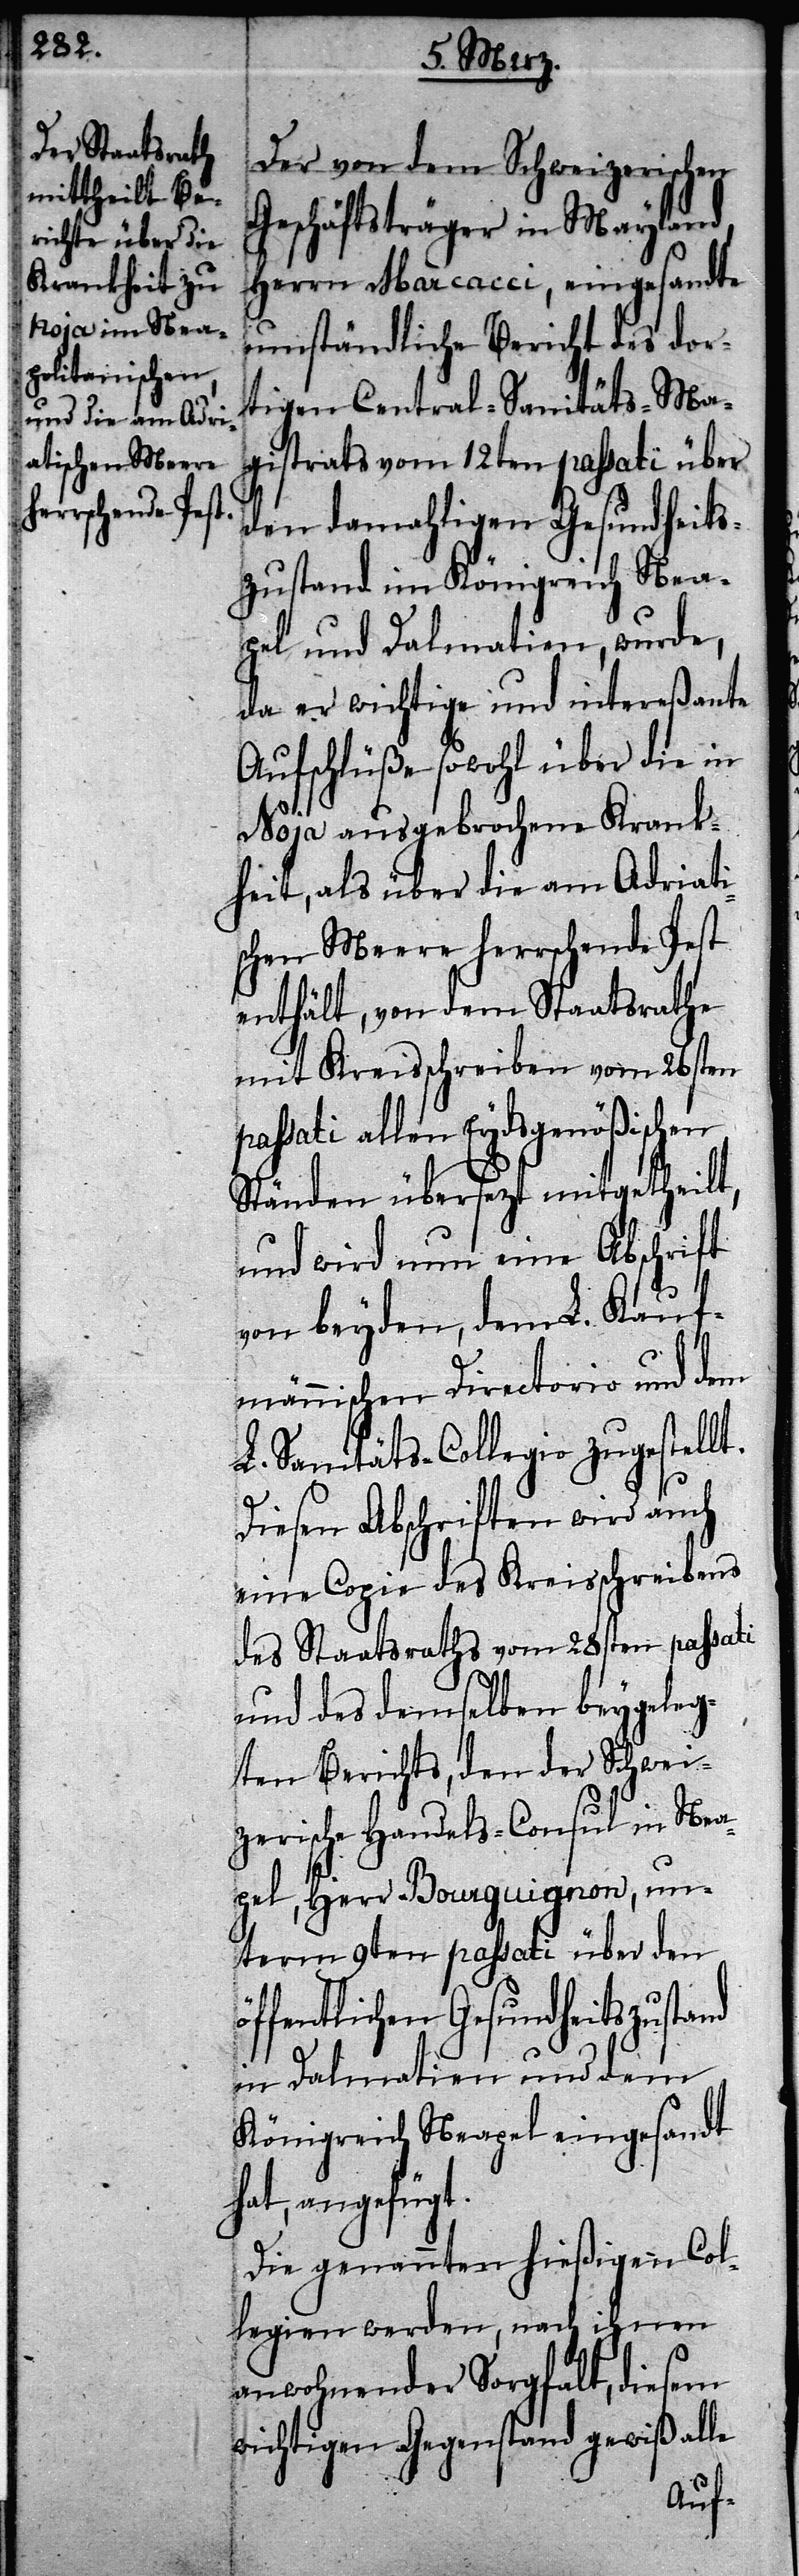
Der von dem Schweizerischen
Geschäftsträger in Mayland,
Herrn Marcacci, eingesandte
umständliche Bericht des dor¬
tigen Central-Sanitäts-Ma¬
gistrats vom 12ten passati über
den damahligen Gesundheits¬
zustand im Königreich Nea¬
pel und Dalmatien, wurde,
da er wichtige und intereßante
Aufschlüße sowohl über die in
Noja ausgebrochene Krank¬
heit, als über die am Adriati¬
schen Meere herrschende Pest
enthält, von dem Staatsrathe
mit Kreisschreiben vom 26sten
passati allen Eydsgenößischen
Ständen übersezt mitgetheilt,
und wird nun eine Abschrift
t.
von beyden, dem L. Kauf¬
männischen Directorio und dem
L. Sanitäts-Collegio zugestell¬
Diesen Abschriften wird auch
eine Copie des Kreisschreibens
des Staatsraths vom 28sten passati
und des demselben beygeleg¬
ten Berichts, den der Schwei¬
zerische Handels-Consul in Nea¬
pel, Herr Bourguignon, un¬
term 9ten passati über den
öffentlichen Gesundheitszustand
in Dalmatien und dem
Königreich Neapel eingesandt
hat, angefügt.
Die genannten hießigen Col¬
legien werden, nach ihnen
anwohnender Sorgfalt, diesem
wichtigen Gegenstand gewiß alle